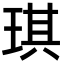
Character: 琪